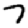
Digit: 7